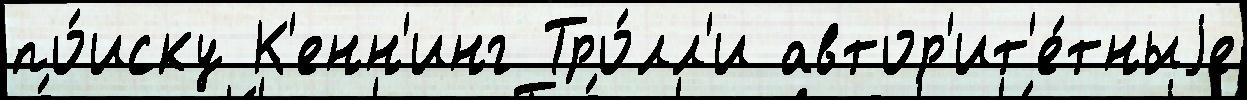
по́иску К'енн'инг Тро́лл'и автор'ит'е́тныjе